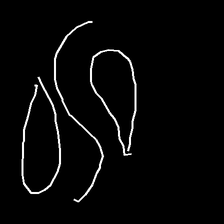
Glyph: water